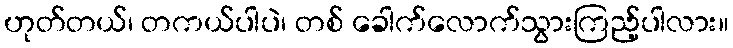
ဟုတ်တယ်၊ တကယ်ပါပဲ၊ တစ် ခေါက်လောက်သွားကြည့်ပါလား။